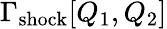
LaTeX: \Gamma_{\mathrm{shock}}[Q_{1},Q_{2}]